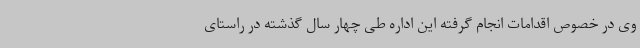
وی در خصوص اقدامات انجام گرفته این اداره طی چهار سال گذشته در راستای